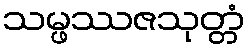
သမ္ဖဿဇသုတ္တံ